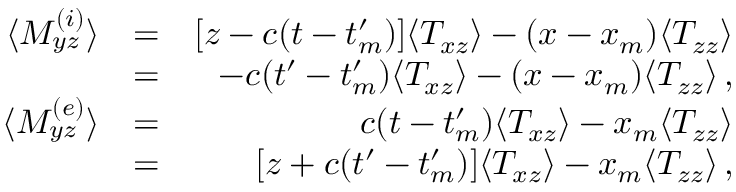
\begin{array} { r l r } { \langle M _ { y z } ^ { ( i ) } \rangle } & { = } & { [ z - c ( t - t _ { m } ^ { \prime } ) ] \langle T _ { x z } \rangle - ( x - x _ { m } ) \langle T _ { z z } \rangle } \\ & { = } & { - c ( t ^ { \prime } - t _ { m } ^ { \prime } ) \langle T _ { x z } \rangle - ( x - x _ { m } ) \langle T _ { z z } \rangle \, , } \\ { \langle M _ { y z } ^ { ( e ) } \rangle } & { = } & { c ( t - t _ { m } ^ { \prime } ) \langle T _ { x z } \rangle - x _ { m } \langle T _ { z z } \rangle } \\ & { = } & { [ z + c ( t ^ { \prime } - t _ { m } ^ { \prime } ) ] \langle T _ { x z } \rangle - x _ { m } \langle T _ { z z } \rangle \, , } \end{array}